NAE_ERA_R-1665_Eesti_Kunstnike_Liit, lk 27
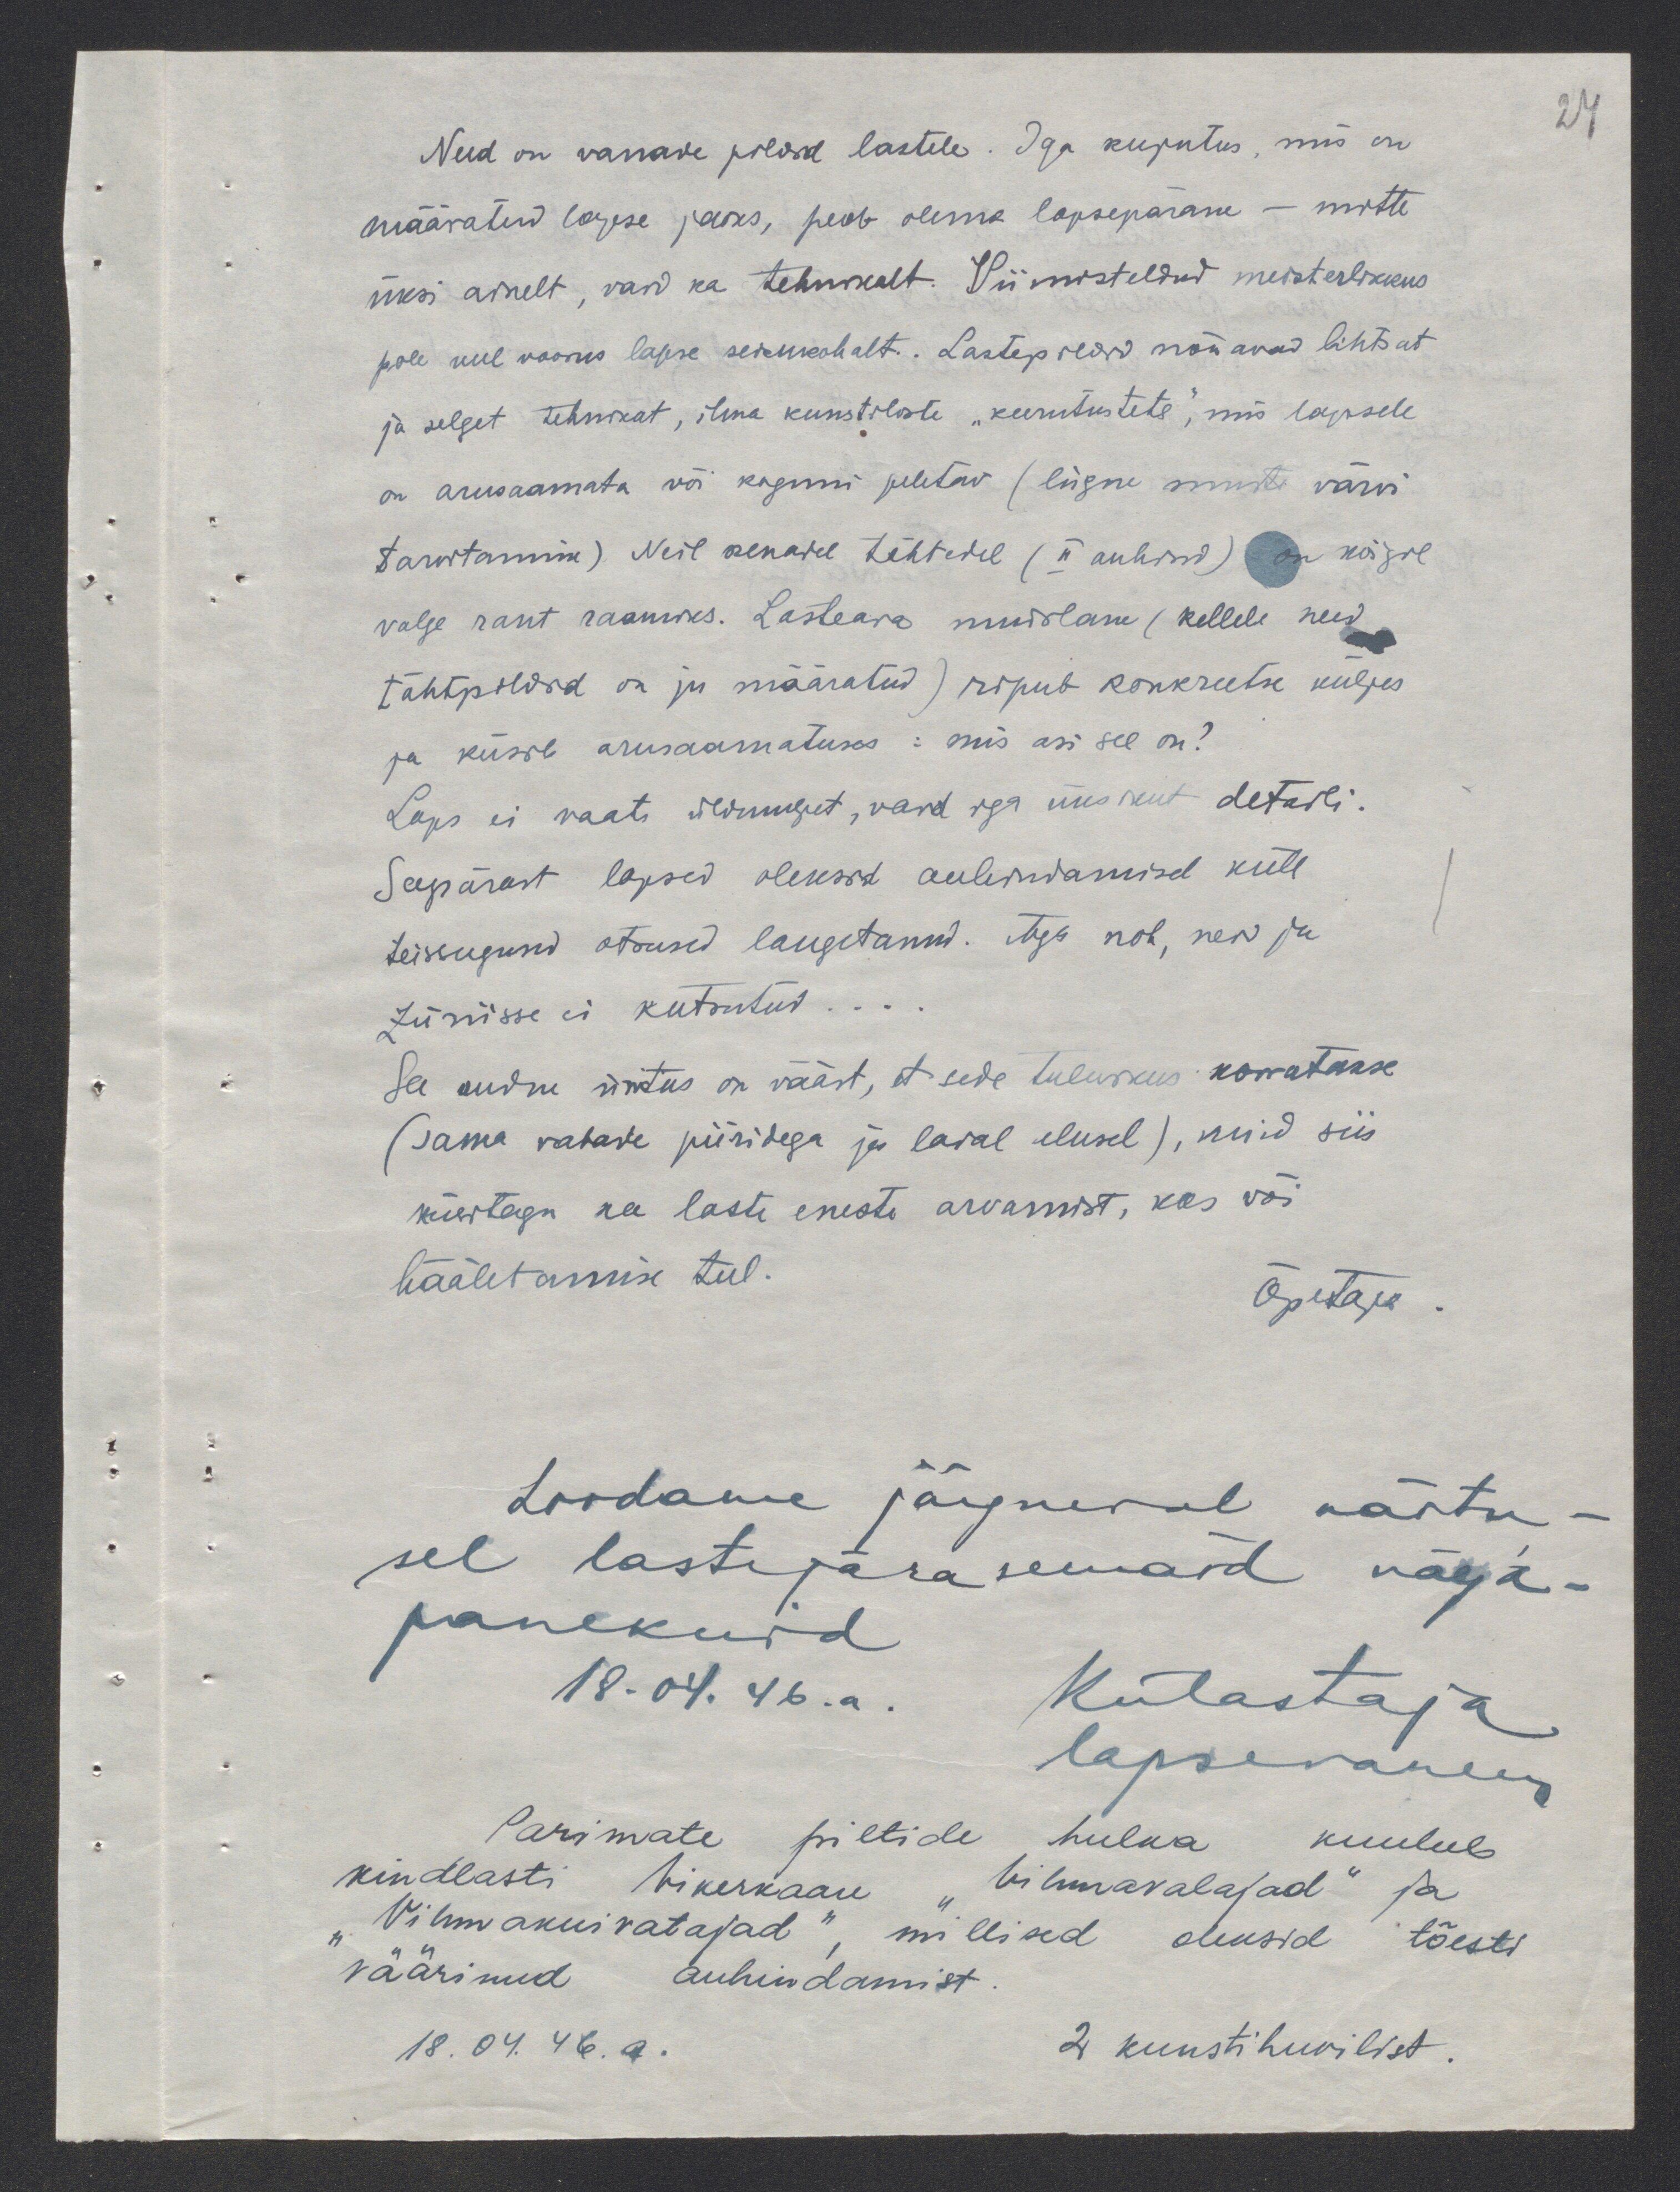
24

Need on vanade pildid lastele. Iga kujutus, mis on
määratud lapse jaoks, peab olema lapsepärane - mitte
üksi ainelt, vaid ka tehnikalt. Viimisteldud meisterlikkus
pole veel voorus lapse seisukohalt. Lastepildid nõuavad lihtsat
ja selget tehnikat, ilma kunstiliste "keerutusteta", mis lapsele
on arusaamata või koguni peletav (liigne muste värvi
tarvitamine) Neil kenadel tähtedel (II auhind) on kõigil
valge rant raamiks. Lasteaia mudilane (kellele need
tähtpildid on ju määratud) ripub konkreetse küljes
ja küsib arusaamatuses: mis asi see on?
Laps ei vaata üldmuljet, vaid iga üksikut detaili.
Seepärast lapsed oleksid auhindamisel küll
teissugused otsused langetanud. Aga noh, neid ju
Züriisse ei kutsutud...
See andnu üritus on väärt, et seda tulevikus korratakse
(sama vabade piiridega ja laial alusel), kuid siis
küsitagu ka laste eneste arvamist, kas või
hääletamise teel.
Õpetaja.
Loodame järgneval näitu-
sel lastepärasemaid välja-
panekuid
18.04. 46.a. Külastaja
lapsevanem
Parimate piltide hulka kuulub
kindlasti Vikerkaare "Vihmavalajad" ja
"Vihmakuivatajad", millised oleksid tõesti
väärinud auhindamist.
18.04.46. a.
2 kunstihuvilist.